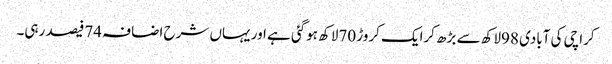
کراچی کی آبادی 98لاکھ سے بڑھ کرایک کروڑ 70لاکھ ہوگئی ہے اور یہاں شرح اضافہ 74فیصد رہی۔